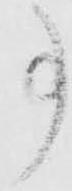
事